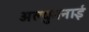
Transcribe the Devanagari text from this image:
अल्युमनाई